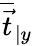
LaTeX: \overline{{\vec{t}}}_{\vert y}